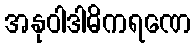
အနုဝါဒါဓိကရဏေ